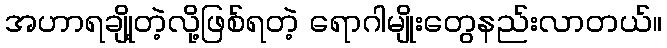
အဟာရချို့တဲ့လို့ဖြစ်ရတဲ့ ရောဂါမျိုးတွေနည်းလာတယ်။